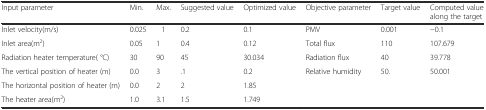
<table><thead><tr><td><b>Input parameter</b></td><td><b>Min.</b></td><td><b>Max.</b></td><td><b>Suggested value</b></td><td><b>Optimized value</b></td><td><b>Objective parameter</b></td><td><b>Target value</b></td><td><b>Computed value along the target</b></td></tr></thead><tbody><tr><td>Inlet velocity(m/s)</td><td>0.025</td><td>1</td><td>0.2</td><td>0.1</td><td>PMV</td><td>0.001</td><td>−0.1</td></tr><tr><td>Inlet area(m<sup>2</sup>)</td><td>0.05</td><td>1</td><td>0.4</td><td>0.12</td><td>Total flux</td><td>110</td><td>107.679</td></tr><tr><td>Radiation heater temperature( °C)</td><td>30</td><td>90</td><td>45</td><td>30.034</td><td>Radiation flux</td><td>40</td><td>39.778</td></tr><tr><td>The vertical position of heater (m)</td><td>0.0</td><td>3</td><td>.1</td><td>0.2</td><td>Relative humidity</td><td>50.</td><td>50.001</td></tr><tr><td>The horizontal position of heater (m)</td><td>0.0</td><td>2</td><td>2</td><td>1.85</td><td></td><td></td><td></td></tr><tr><td>The heater area(m<sup>2</sup>)</td><td>1.0</td><td>3.1</td><td>1.5</td><td>1.749</td><td></td><td></td><td></td></tr></tbody></table>